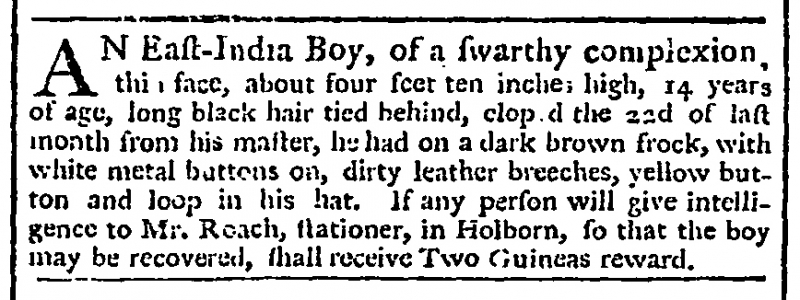
London Evening Post, 5 September 1771 (England)
AN East-India Boy, of a swarthy complexion, thin face, about four feet ten inches high, 14 years of age, long black hair tied behind, eloped the 22d of last month from his master, he had on a dark brown frock, with white metal buttons on, dirty leather breeches, yellow button and loop in his hat. If any person will give intelligence to Mr. Roach, stationer, in Holborn, so that the boy may be recovered, shall receive Two Guineas reward.